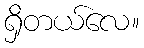
ရှိတယ်လေ။